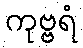
ကုဗ္ဗရံ